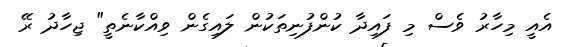
އެއީ މިހާރު ވެސް މި ފައިދާ ކުންފުނިތަކުން ލައިގެން ވިއްކާނެތީ" ޖިހާދު ރޭ